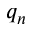
q _ { n }